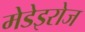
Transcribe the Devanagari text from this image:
मेडेइरोज